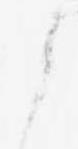
之